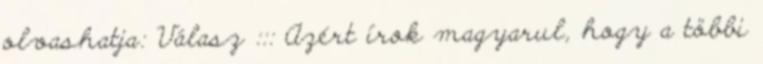
olvashatja: Válasz ::: Azért írok magyarul, hogy a többi